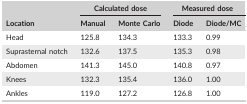
| <ROWSPAN=2> Location | <COLSPAN=2> Calculated dose | <COLSPAN=2> Measured dose |
 | Manual | Monte Carlo | Diode | Diode/MC |
 | --- | --- | --- | --- | --- |
 | Head | 125.8 | 134.3 | 133.3 | 0.99 |
 | Suprasternal notch | 132.6 | 137.5 | 135.3 | 0.98 |
 | Abdomen | 141.3 | 145.0 | 140.8 | 0.97 |
 | Knees | 132.3 | 135.4 | 136.0 | 1.00 |
 | Ankles | 119.0 | 127.2 | 126.8 | 1.00 |